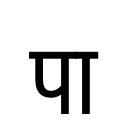
OCR:
पा